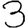
Digit: 3